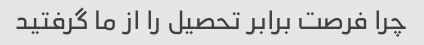
چرا فرصت برابر تحصیل را از ما گرفتید